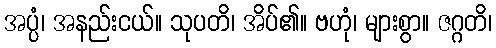
အပ္ပံ၊ အနည်းငယ်။ သုပတိ၊ အိပ်၏။ ဗဟုံ၊ များစွာ။ ဇဂ္ဂတိ၊